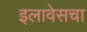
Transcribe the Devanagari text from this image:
इलावेसचा